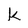
Character: k